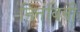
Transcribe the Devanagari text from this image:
नितंबिनी